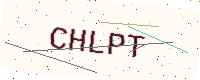
Text: CHLPT